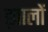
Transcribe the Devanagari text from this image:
ख़ालों